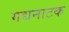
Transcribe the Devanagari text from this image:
गद्यनाटक